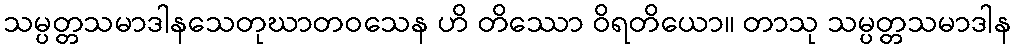
သမ္ပတ္တသမာဒါနသေတုဃာတဝသေန ဟိ တိဿော ဝိရတိယော။ တာသု သမ္ပတ္တသမာဒါန